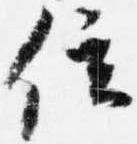
位